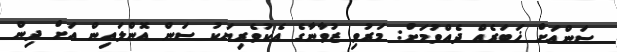
ސަންއަށް ޚަބަރެއް ދެއްވުމަށް: މަރުވި ޒުވާނާގެ އެކުވެރިޔަކު ސަން އޮންލައިން އަށް ދިން